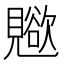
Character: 𧢊